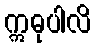
ဣဓုပါလိ